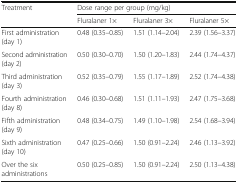
<table><thead><tr><td rowspan="2"><b>Treatment</b></td><td colspan="3"><b>Dose range per group (mg/kg)</b></td></tr><tr><td><b>Fluralaner 1×</b></td><td><b>Fluralaner 3×</b></td><td><b>Fluralaner 5×</b></td></tr></thead><tbody><tr><td>First administration (day 1)</td><td>0.48 (0.35–0.85)</td><td>1.51 (1.14–2.04)</td><td>2.39 (1.56–3.37)</td></tr><tr><td>Second administration (day 2)</td><td>0.50 (0.30–0.70)</td><td>1.50 (1.20–1.83)</td><td>2.44 (1.74–4.37)</td></tr><tr><td>Third administration (day 3)</td><td>0.52 (0.35–0.79)</td><td>1.55 (1.17–1.89)</td><td>2.52 (1.74–4.38)</td></tr><tr><td>Fourth administration (day 8)</td><td>0.46 (0.30–0.68)</td><td>1.51 (1.11–1.93)</td><td>2.47 (1.75–3.68)</td></tr><tr><td>Fifth administration (day 9)</td><td>0.48 (0.34–0.75)</td><td>1.49 (1.10–1.98)</td><td>2.54 (1.68–3.94)</td></tr><tr><td>Sixth administration (day 10)</td><td>0.47 (0.25–0.66)</td><td>1.50 (0.91–2.24)</td><td>2.46 (1.13–3.92)</td></tr><tr><td>Over the six administrations</td><td>0.50 (0.25–0.85)</td><td>1.50 (0.91–2.24)</td><td>2.50 (1.13–4.38)</td></tr></tbody></table>